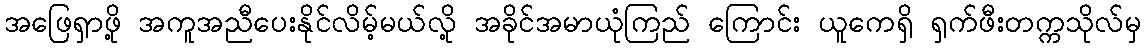
အဖြေရှာဖို့ အကူအညီပေးနိုင်လိမ့်မယ်လို့ အခိုင်အမာယုံကြည် ကြောင်း ယူကေရှိ ရှက်ဖီးတက္ကသိုလ်မှ